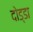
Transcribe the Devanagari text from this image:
दोड्डा